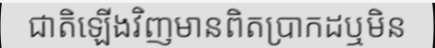
ជាតិឡើងវិញមានពិតប្រាកដឬមិន